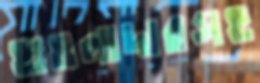
হাওলাদারসহ